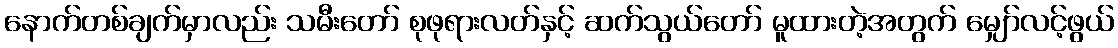
နောက်တစ်ချက်မှာလည်း သမီးတော် စုဖုရားလတ်နှင့် ဆက်သွယ်တော် မူထားတဲ့အတွက် မျှော်လင့်ဖွယ်